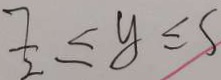
\frac { 7 } { 2 } \leq y \leq s